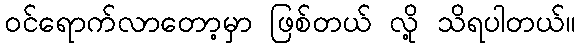
ဝင်ရောက်လာတော့မှာ ဖြစ်တယ် လို့ သိရပါတယ်။